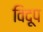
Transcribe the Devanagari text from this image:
विदूप